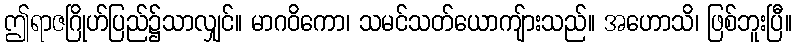
ဤရာဇဂြိုဟ်ပြည်၌သာလျှင်။ မာဂဝိကော၊ သမင်သတ်ယောကျ်ားသည်။ အဟောသိ၊ ဖြစ်ဘူးပြီ။